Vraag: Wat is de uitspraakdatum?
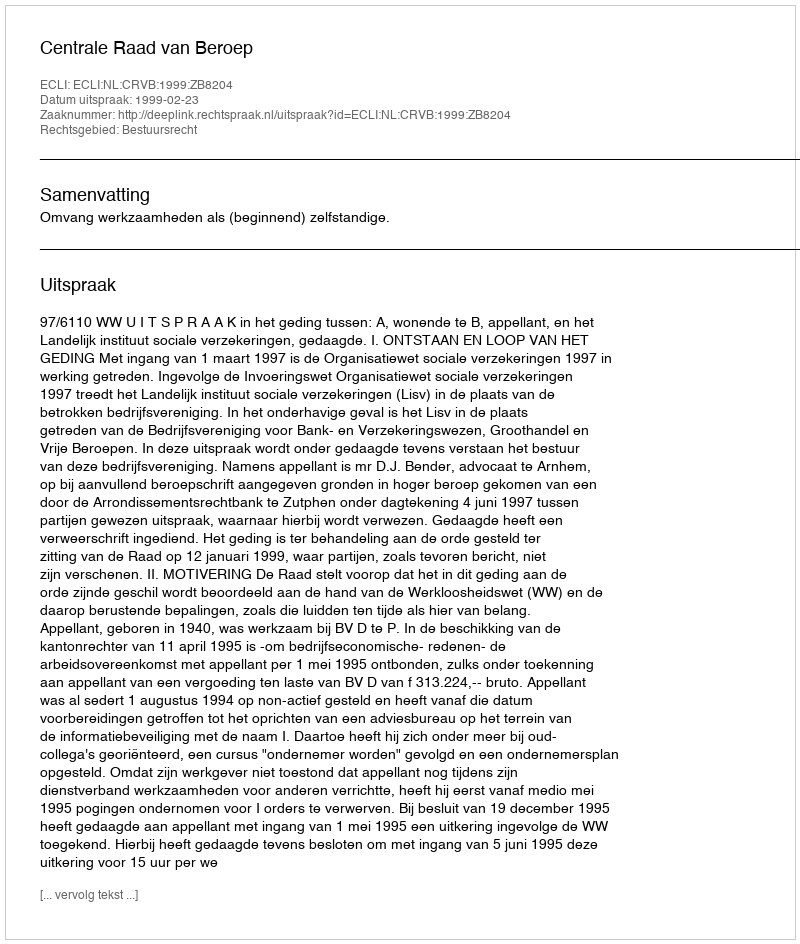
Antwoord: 1999-02-23